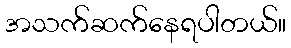
အသက်ဆက်နေရပါတယ်။